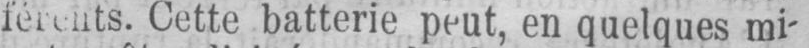
férents. Cette batterie peut, en quelques mi-